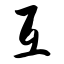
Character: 互